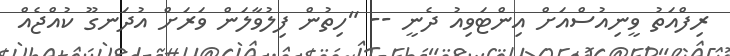
ރިފްއަތު ވީނިއުސްއަށް އިންޓަވިއު ދެނީ -- "ހިތުން ފިލުވާލަން ވަރަށް އުދަނގޫ ކުއްޖެއް